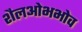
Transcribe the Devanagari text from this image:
शैलओभभोव